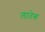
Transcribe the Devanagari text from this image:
लातेक